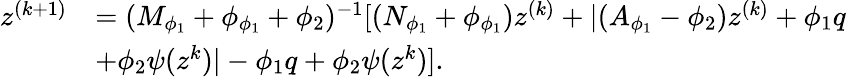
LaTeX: \begin{array}{rl}{z^{(k+1)}}&{=(M_{\phi_{1}}+\phi_{\phi_{1}}+\phi_{2})^{-1}[(N_{\phi_{1}}+\phi_{\phi_{1}})z^{(k)}+\lvert(A_{\phi_{1}}-\phi_{2})z^{(k)}+\phi_{1}q}\\ &{+\phi_{2}\psi(z^{k})\rvert-\phi_{1}q+\phi_{2}\psi(z^{k})].}\end{array}